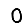
Digit: 0